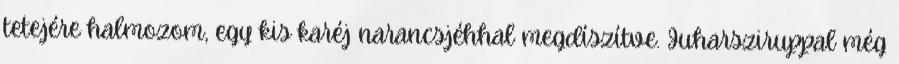
tetejére halmozom, egy kis karéj narancsjéhhal megdíszítve. Juharsziruppal még